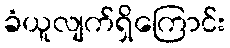
ခံယူလျက်ရှိကြောင်း